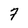
Character: 7